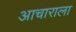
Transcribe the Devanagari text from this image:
आचाराला